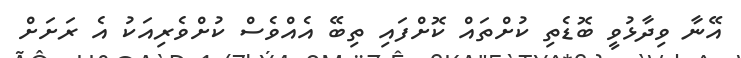
އޭނާ ވިދާޅުވީ ބޮޑެތި ކުށްތައް ކޮށްފައި ތިބޭ އެއްވެސް ކުށްވެރިއަކު އެ ރަށަށް